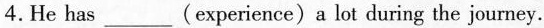
4.He has___(experience) a lot during the journey.